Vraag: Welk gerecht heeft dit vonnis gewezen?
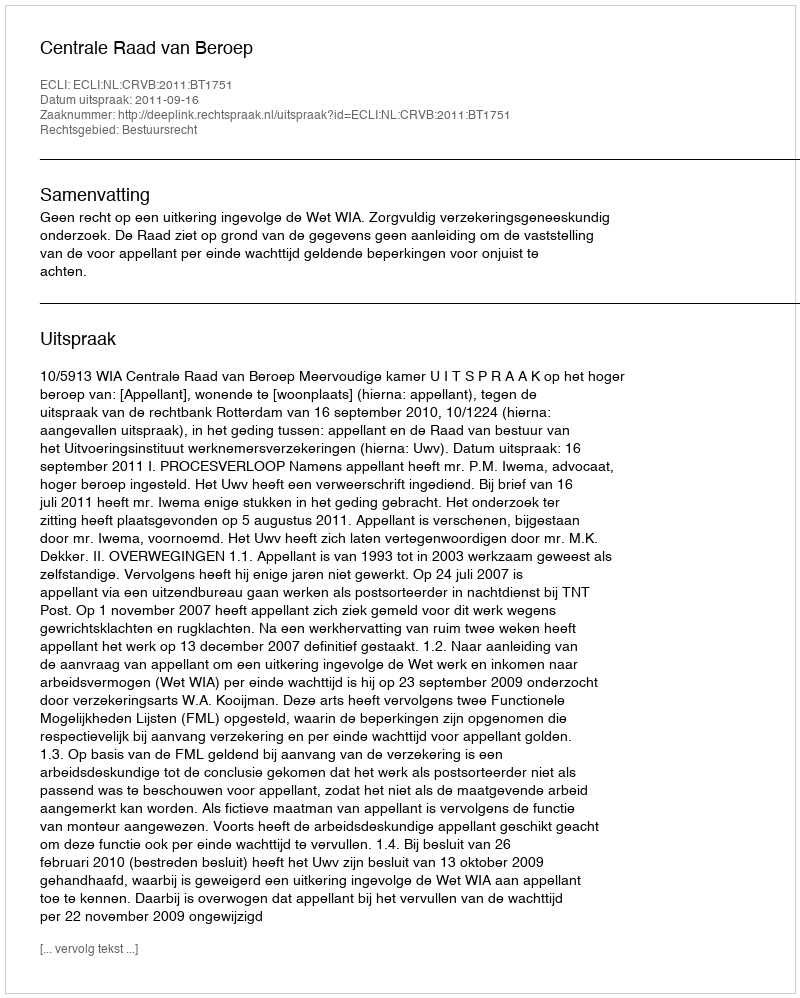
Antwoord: Centrale Raad van Beroep